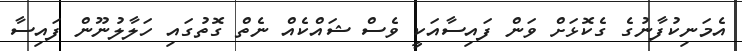
އެމަނިކުފާނުގެ ގެކޮޅަށް ވަން ފައިސާއަކީ ވެސް ޝައްކެއް ނެތް ގޮތުގައި ހަލާލުނޫން ފައިސާ